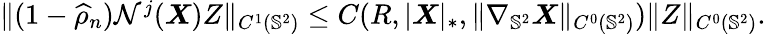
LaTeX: \begin{array}{r}{\| (1-\widehat{\rho}_{n})\mathcal{N}^{j}(\boldsymbol{X})Z\| _{C^{1}(\mathbb{S}^{2})}\leq C(R,|\boldsymbol{X}|_{*},\| \nabla_{\mathbb{S}^{2}}\boldsymbol{X}\| _{C^{0}(\mathbb{S}^{2})})\| Z\| _{C^{0}(\mathbb{S}^{2})}.}\end{array}